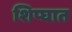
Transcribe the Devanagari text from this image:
शिप्घात